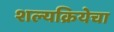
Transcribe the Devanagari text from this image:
शल्यक्रियेचा